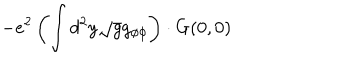
- e ^ { 2 } \left( \int d ^ { 2 } y \sqrt { g } g _ { \phi \phi } \right) \cdot G ( 0 , 0 )